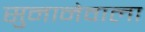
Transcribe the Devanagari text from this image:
सुनानेवाला